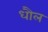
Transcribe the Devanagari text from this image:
धौल